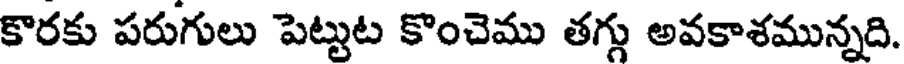
కొరకు పరుగులు పెట్టుట కొంచెము తగ్గు అవకాశమున్నది.